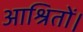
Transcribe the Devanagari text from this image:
आश्रितों।